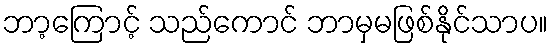
ဘာ့ကြောင့် သည်ကောင် ဘာမှမဖြစ်နိုင်သာပ။